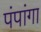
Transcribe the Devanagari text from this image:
पंपांगा